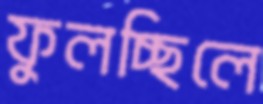
ফুলচ্ছিলে